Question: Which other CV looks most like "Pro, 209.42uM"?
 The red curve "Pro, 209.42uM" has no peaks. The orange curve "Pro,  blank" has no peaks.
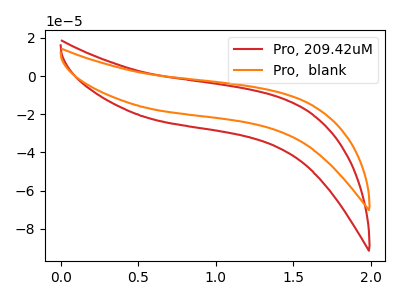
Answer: <think>Neither "Pro, 209.42uM" or "Pro,  blank" have any peaks.
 </think>
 <answer>The CV with the most similar shape to "Pro,  blank" is "Pro, 209.42uM".</answer>
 <eval>"Pro, 209.42uM"</eval>